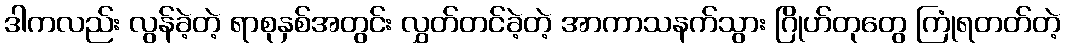
ဒါကလည်း လွန်ခဲ့တဲ့ ရာစုနှစ်အတွင်း လွှတ်တင်ခဲ့တဲ့ အာကာသနက်သွား ဂြိုဟ်တုတွေ ကြုံရတတ်တဲ့